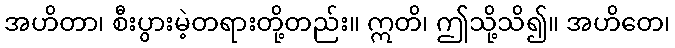
အဟိတာ၊ စီးပွားမဲ့တရားတို့တည်း။ ဣတိ၊ ဤသို့သိ၍။ အဟိတေ၊